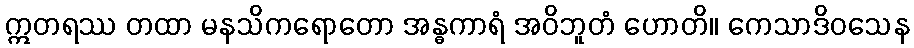
ဣတရဿ တထာ မနသိကရောတော အန္ဓကာရံ အဝိဘူတံ ဟောတိ။ ကေသာဒိဝသေန